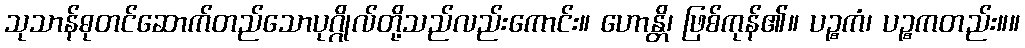
သုသာန်ဓုတင်ဆောက်တည်သောပုဂ္ဂိုလ်တို့သည်လည်းကောင်း။ ဟောန္တိ၊ ဖြစ်ကုန်၏။ ပဉ္စကံ၊ ပဉ္စကတည်း။။